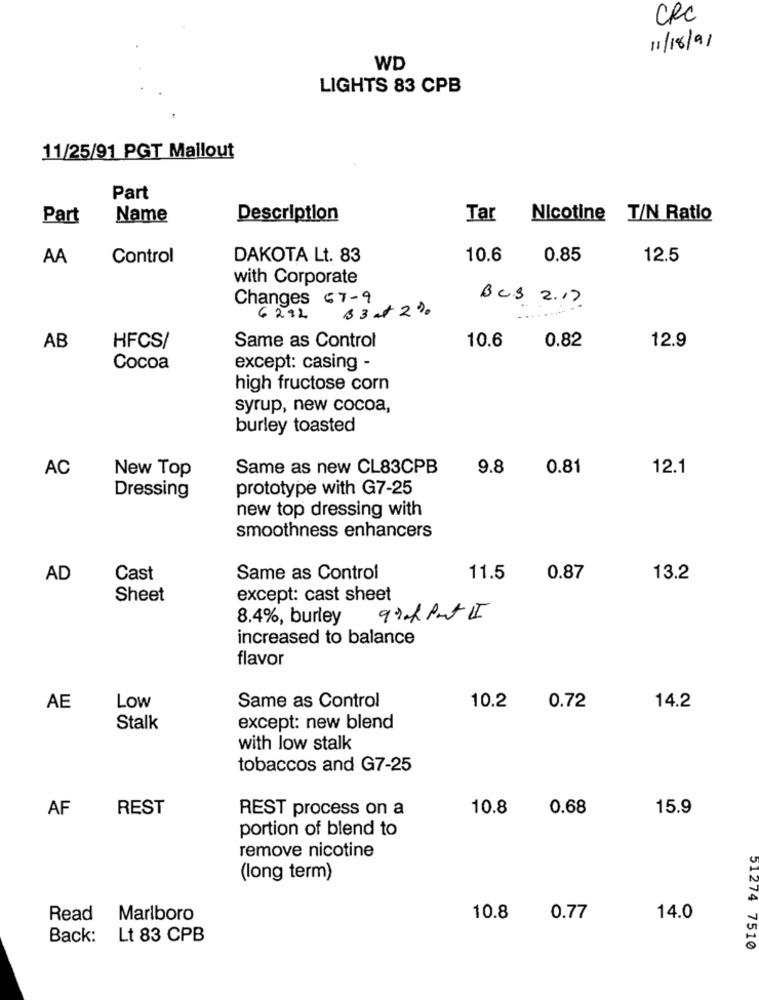
CRC
11/18/91
WD
LIGHTS 83 CPB
11/25/91 PGT Mallout
Part
Part
Name
Description
Tar
Nicotine T/N Ratio
AA
Control
DAKOTA Lt. 83
10.6
0.85
12.5
with Corporate
Changes 67-9
Bcs 2.17
B 3 at 2%.
6292
Same as Control
0.82
AB
HFCS/
10.6
12.9
Cocoa
except: casing -
high fructose corn
syrup, new cocoa,
burley toasted
AC
New Top
Same as new CL83CPB
9.8
0.81
12.1
prototype with G7-25
Dressing
new top dressing with
smoothness enhancers
AD
Cast
Same as Control
11.5
0.87
13.2
Sheet
except: cast sheet
8.4%, burley
increased to balance
flavor
Same as Control
AE
Low
10.2
0.72
14.2
Stalk
except: new blend
with low stalk
tobaccos and G7-25
AF
REST
REST process on a
10.8
0.68
15.9
portion of blend to
remove nicotine
(long term)
51274
Read Marlboro
10.8
0.77
14.0
Back: Lt 83 CPB
74 7510